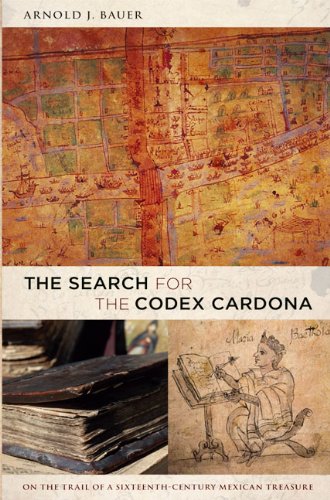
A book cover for The Search for the Codex Cardona; Arnold Bauer; Crafts, Hobbies & Home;